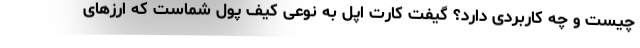
چیست و چه کاربردی دارد؟ گیفت کارت اپل به نوعی کیف پول شماست که ارز‌های